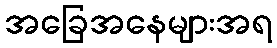
အခြေအနေများအရ